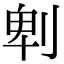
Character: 𠜱